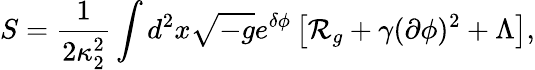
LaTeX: S={\frac{1}{2\kappa_{2}^{2}}}\int d^{2}x\sqrt{-g}e^{\delta\phi}\left[{\cal R}_{g}+\gamma(\partial\phi)^{2}+\Lambda\right],